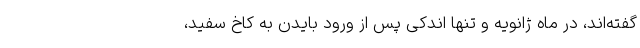
گفته‌اند، در ماه ژانویه و تنها اندکی پس از ورود بایدن به کاخ سفید،